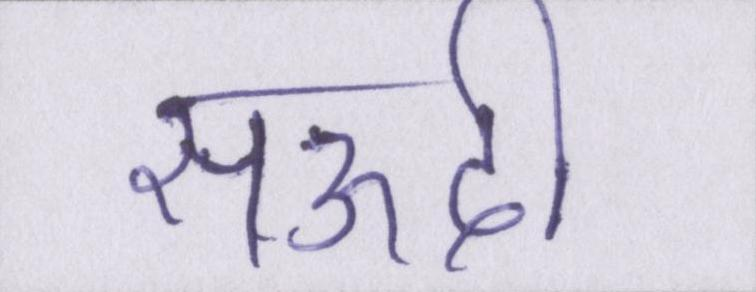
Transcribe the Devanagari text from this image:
सऊदी